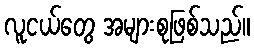
လူငယ်တွေ အများစုဖြစ်သည်။